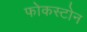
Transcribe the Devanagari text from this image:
फोकस्टोन